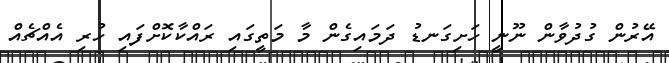
އޭރުން ގުދުވާން ނޫނީ ހަށިގަނޑު ދަމައިގެން މާ މަތީގައި ރައްކާކޮށްފައި ހުރި އެއްޗެއް